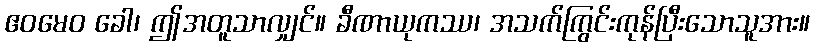
ဧဝမေဝ ခေါ၊ ဤအတူသာလျှင်။ ခီဏာယုကဿ၊ အသက်ကြွင်းကုန်ပြီးသောသူအား။